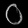
Digit: ၀